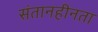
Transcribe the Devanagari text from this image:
संतानहीनता